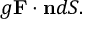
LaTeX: g \mathbf { F } \cdot \mathbf { n } d S .